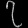
Digit: ၇